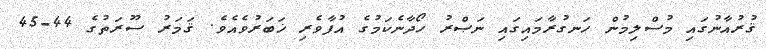
ޤުރުއާނުގައި މުސްލިމުން ހަނގުރާމައިގައި ނަޞްރު ހޯދާނެކަމުގެ އުފާވެރި ޚަބަރުވެއެވެ. ޤަމަރު ސޫރަތުގެ 44-45